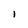
Character: i